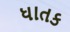
ધાતક